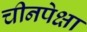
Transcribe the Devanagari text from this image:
चीनपेक्षा